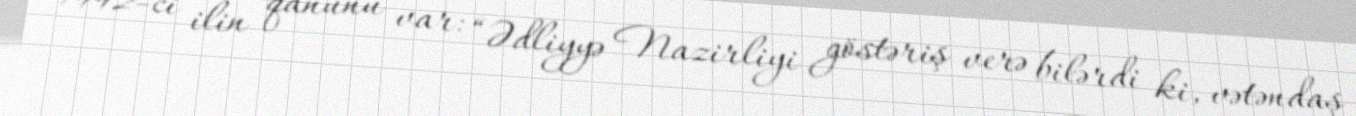
1992-ci ilin qanunu var: “Ədliyyə Nazirliyi göstəriş verə bilərdi ki, vətəndaş